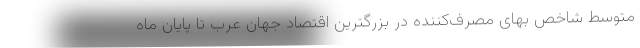
متوسط شاخص بهای مصرف‌کننده در بزرگترین اقتصاد جهان عرب تا پایان ماه